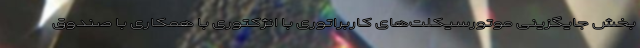
بخش جایگزینی موتورسیکلت‌های کاربراتوری با انژکتوری با همکاری با صندوق